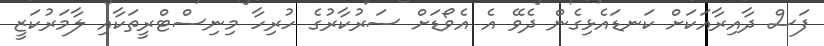
ފަސް ދާއިރާއަކަށް ކަނޑައެޅިގެން ދެވޭ އެ އެވޯޑަށް ސަރުކާރުގެ ހުރިހާ މިނިސްޓްރީތަކާއި ލާމަރުކަޒީ